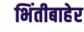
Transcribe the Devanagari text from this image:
भिंतीबाहेर